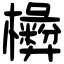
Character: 𣟗